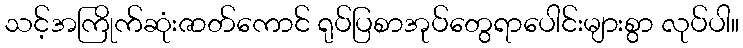
သင့်အကြိုက်ဆုံးဇာတ်ကောင် ရုပ်ပြစာအုပ်တွေရာပေါင်းများစွာ လုပ်ပါ။